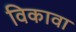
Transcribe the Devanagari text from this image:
विकावा